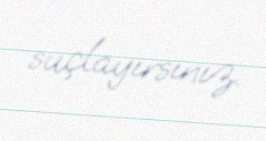
suçlayırsınız.